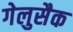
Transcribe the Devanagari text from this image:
गेलुसैक